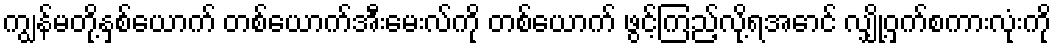
ကျွန်မတို့နှစ်ယောက် တစ်ယောက်အီးမေးလ်ကို တစ်ယောက် ဖွင့်ကြည့်လို့ရအောင် လျှို့ဝှက်စကားလုံးကို